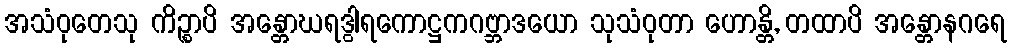
အသံဝုတေသု ကိဉ္စာပိ အန္တောဃရဒွါရကောဋ္ဌကဂဗ္ဘာဒယော သုသံဝုတာ ဟောန္တိ, တထာပိ အန္တောနဂရေ